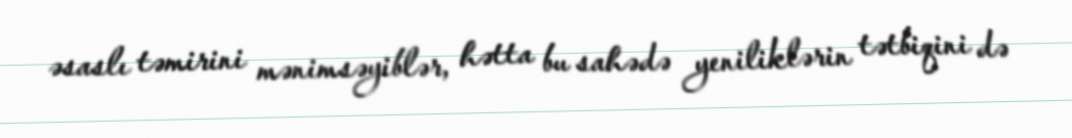
əsaslı təmirini mənimsəyiblər, hətta bu sahədə yeniliklərin tətbiqini də